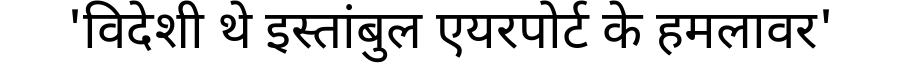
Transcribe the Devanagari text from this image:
'विदेशी थे इस्तांबुल एयरपोर्ट के हमलावर'